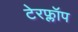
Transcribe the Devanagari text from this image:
टेरफ्लॉप